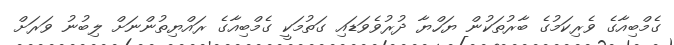
ގެމްބިއާގެ ވެރިކަމުގެ ބާރުތަކުން ޔަހްޔާ ދުރުވެވަޑައި ގަތުމަކީ ގެމްބިއާގެ ރައްޔިތުންނަށް ލިބުނު ވަރަށް